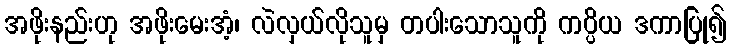
အဖိုးနည်းဟု အဖိုးမေးအံ့၊ လဲလှယ်လိုသူမှ တပါးသောသူကို ကပ္ပိယ ဒကာပြု၍